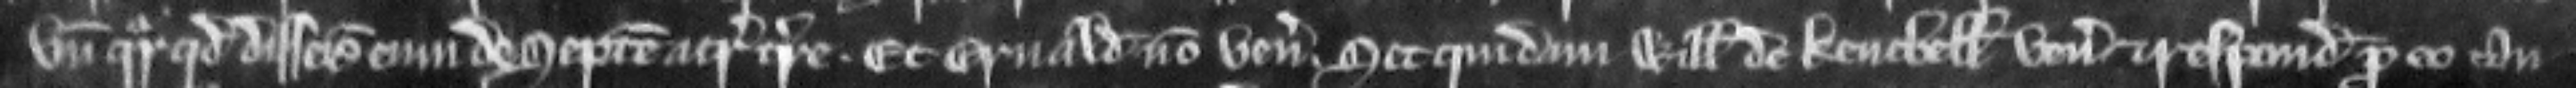
unde queritur quod disseisivit eum de septem acris terre. Et Ernaldus non venit set quidam Willelmus de Kenebell venit et respondet pro eo tan